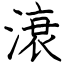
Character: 滖